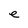
Character: e